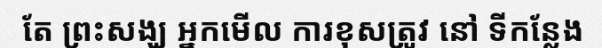
តែ ព្រះសង្ឃ អ្នកមើល ការខុសត្រូវ នៅ ទីកន្លែង